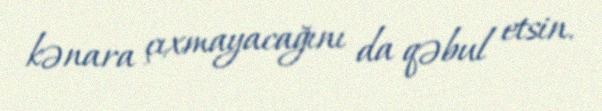
kənara çıxmayacağını da qəbul etsin.